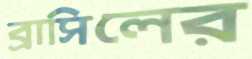
ব্রাসিলের